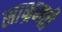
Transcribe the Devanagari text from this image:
साभ्रमती